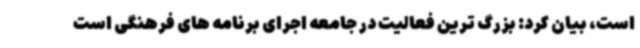
است، بیان کرد: بزرگ ترین فعالیت در جامعه اجرای برنامه های فرهنگی است